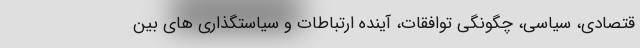
قتصادی، سیاسی، چگونگی توافقات، آینده ارتباطات و سیاستگذاری های بین